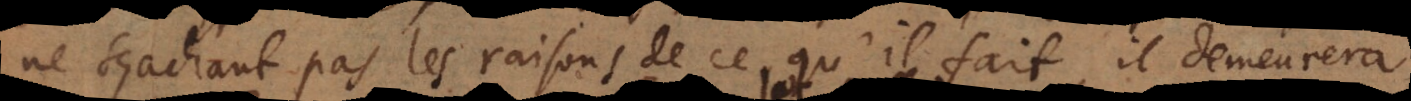
ne sçachant pas les raisons de ce qu’il fait, il demeurera